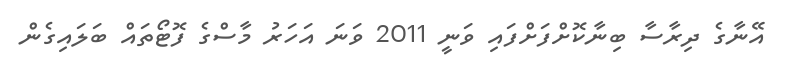
އޭނާގެ ދިރާސާ ބިނާކޮށްފަށްފައި ވަނީ 2011 ވަނަ އަހަރު މާސްގެ ފޮޓޯތައް ބަލައިގެން